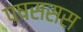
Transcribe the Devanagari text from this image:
पषससस